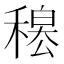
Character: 𥡊